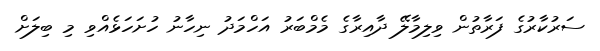
ސަރުކާރުގެ ފަރާތުން ވިލިމާލޭ ދާއިރާގެ މެމްބަރު އަހްމަދު ނިހާނު ހުށަހަޅެއްވި މި ބިލަށް